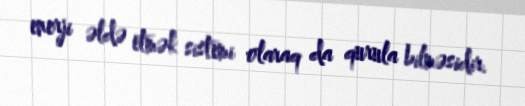
enerji əldə etmək sistemi olaraq da qurula bilməsidir.